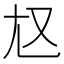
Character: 𡯉